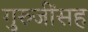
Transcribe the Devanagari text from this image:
गुरुजींसह